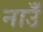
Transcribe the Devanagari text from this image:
नाउँ